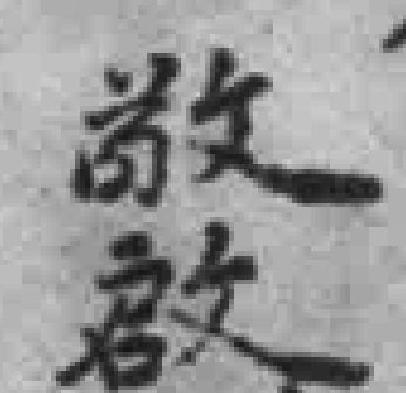
敬啟